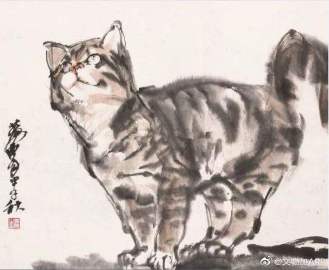
墉集欺猫鼠，林藏逐雀鹯。